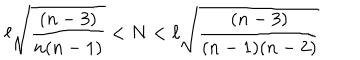
LaTeX: \ell \sqrt { \frac { ( n - 3 ) } { n ( n - 1 ) } } < N < \ell \sqrt { \frac { ( n - 3 ) } { ( n - 1 ) ( n - 2 ) } }